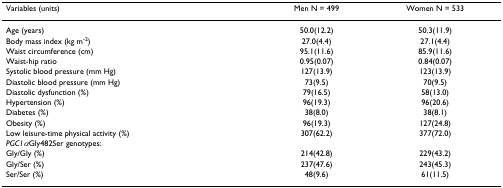
| Variables (units) | Men N = 499 | Women N = 533 |
 | --- | --- | --- |
 | Age (years) | 50.0(12.2) | 50.3(11.9) |
 | Body mass index (kg m-2) | 27.0(4.4) | 27.1(4.4) |
 | Waist circumference (cm) | 95.1(11.6) | 85.9(11.6) |
 | Waist-hip ratio | 0.95(0.07) | 0.84(0.07) |
 | Systolic blood pressure (mm Hg) | 127(13.9) | 123(13.9) |
 | Diastolic blood pressure (mm Hg) | 73(9.5) | 70(9.5) |
 | Diastolic dysfunction (%) | 79(16.5) | 58(13.0) |
 | Hypertension (%) | 96(19.3) | 96(20.6) |
 | Diabetes (%) | 38(8.0) | 38(8.1) |
 | Obesity (%) | 96(19.3) | 127(24.8) |
 | Low leisure-time physical activity (%) | 307(62.2) | 377(72.0) |
 | PGC1αGly482Ser genotypes: |  |  |
 | Gly/Gly (%) | 214(42.8) | 229(43.2) |
 | Gly/Ser (%) | 237(47.6) | 243(45.3) |
 | Ser/Ser (%) | 48(9.6) | 61(11.5) |